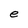
Character: e